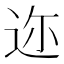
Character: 迩